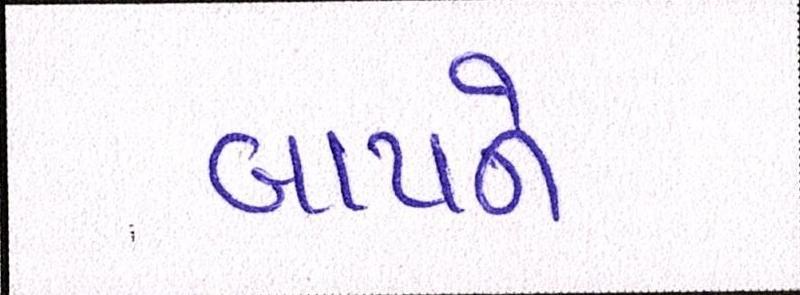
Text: બાપને